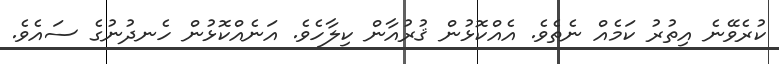
ކުރެވޭނެ އިތުރު ކަމެއް ނެތެވެ. އެއްކޮޅުން ޤުރުއާން ކިލާހެވެ. އަނެއްކޮޅުން ހެނދުނުގެ ސައެވެ.